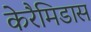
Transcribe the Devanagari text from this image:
केरैमिडास